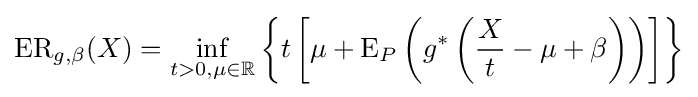
{\text{ER}}_{g,\beta }(X)=\inf _{t>0,\mu \in \mathbb {R} }\left\lbrace t\left[\mu +{\text{E}}_{P}\left(g^{*}\left({\frac {X}{t}}-\mu +\beta \right)\right)\right]\right\rbrace